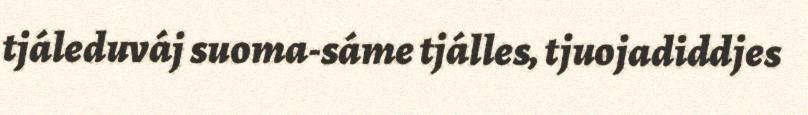
tjáleduváj suoma-sáme tjálles, tjuojadiddjes